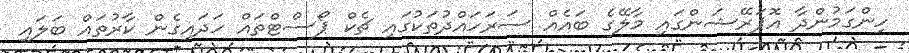
ހިންގަމުންދާ އޮޕަރޭޝަންގައި މާލޭގެ ބައެއް ސަރަހައްދުތަކުގައި ޗެކް ޕޯސްޓްތައް ހަދައިގެން ކާރުތައް ބަލައި